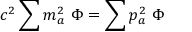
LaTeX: c ^ { 2 } \sum m _ { a } ^ { 2 } \ \Phi = \sum p _ { a } ^ { 2 } \ \Phi